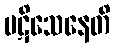
ပဋိသေနေတိ